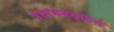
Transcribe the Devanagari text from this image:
ब्लॉकबस्टिंग